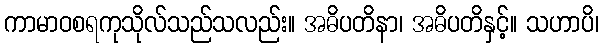
ကာမာဝစရကုသိုလ်သည်သလည်း။ အဓိပတိနာ၊ အဓိပတိနှင့်။ သဟာပိ၊